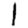
Digit: 1